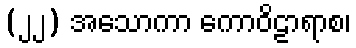
(၂၂) အသောကာ ကောဝိဠာရာစ၊